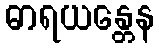
ဓာရယန္တေန